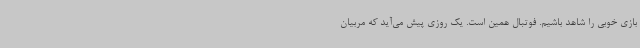
بازی خوبی را شاهد باشیم. فوتبال همین است. یک روزی پیش می‌آید که مربیان